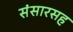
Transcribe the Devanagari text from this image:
संसारसह